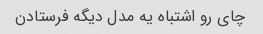
چای رو اشتباه یه مدل دیگه فرستادن